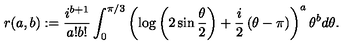
r ( a , b ) : = \frac { i ^ { b + 1 } } { a ! b ! } \int _ { 0 } ^ { \pi / 3 } \left( \log \left( 2 \sin \frac { \theta } { 2 } \right) + \frac { i } { 2 } \left( \theta - \pi \right) \right) ^ { a } \theta ^ { b } d \theta .